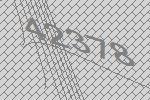
42378